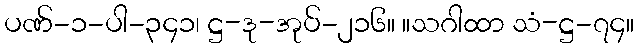
ပဏ်-၁-ပါ-၃၄၁၊ ဋ္ဌ-ဒု-အုပ်-၂၁၆။ ။သဂါထာ သံ-ဋ္ဌ-၇၄။